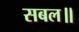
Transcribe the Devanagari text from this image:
सबल॥